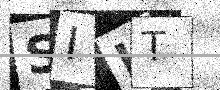
Text: SIHT